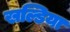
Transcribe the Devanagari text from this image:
खल्डिया